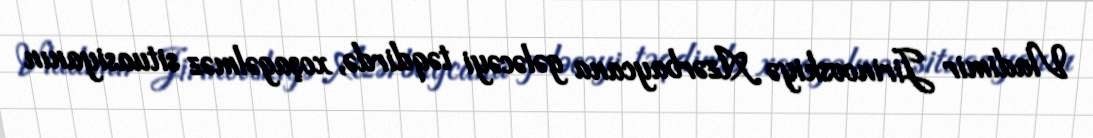
Vladimir Jirinovskiyə Azərbaycana gələcəyi təqdirdə, xoşagəlməz situasiyanın